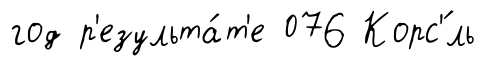
год р'езульта́т'е 076 Корс'́ль